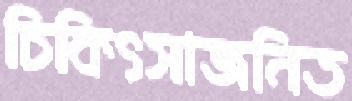
চিকিৎসাজনিত